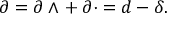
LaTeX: \partial = \partial \wedge \, + \, \partial \cdot = d - \delta .